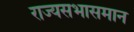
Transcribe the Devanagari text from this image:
राज्यसभासमान